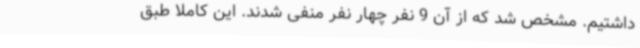
داشتیم. مشخص شد که از آن 9 نفر چهار نفر منفی شدند. این کاملا طبق